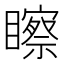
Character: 𥌀